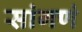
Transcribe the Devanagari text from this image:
सांगणं